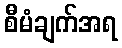
စီမံချက်အရ